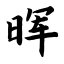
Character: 晖